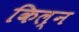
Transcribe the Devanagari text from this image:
किल्न